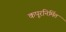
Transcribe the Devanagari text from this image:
कपूरनिर्मित